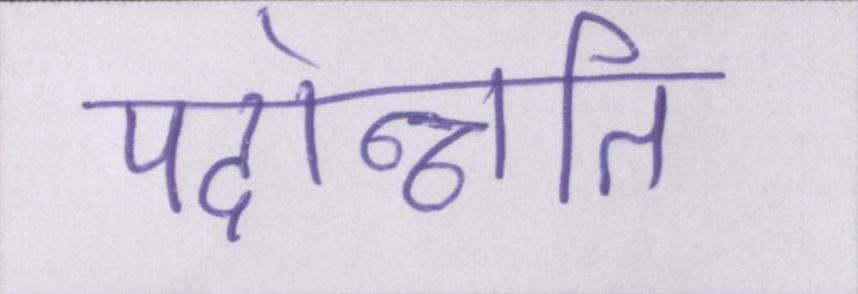
पदोन्नति